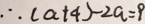
\therefore ( a + 4 ) - 2 a = 9